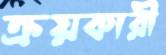
ক্রয়কারী